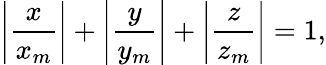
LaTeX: \left|{\frac{x}{x_{m}}}\right|+\left|{\frac{y}{y_{m}}}\right|+\left|{\frac{z}{z_{m}}}\right|=1,